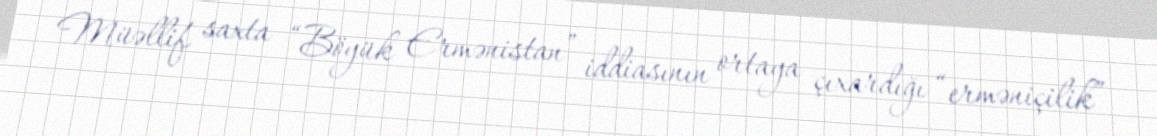
Müəllif saxta “Böyük Ermənistan” iddiasının ortaya çıxardığı “erməniçilik”